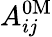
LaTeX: A_{ij}^{\mathrm{0M}}